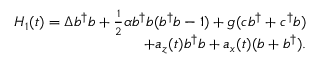
\begin{array} { r } { H _ { 1 } ( t ) = \Delta b ^ { \dagger } b + \frac { 1 } { 2 } \alpha b ^ { \dagger } b ( b ^ { \dagger } b - 1 ) + g ( c b ^ { \dagger } + c ^ { \dagger } b ) } \\ { + a _ { z } ( t ) b ^ { \dagger } b + a _ { x } ( t ) ( b + b ^ { \dagger } ) . } \end{array}